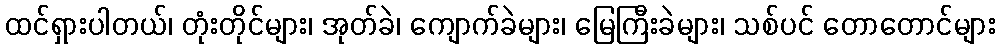
ထင်ရှားပါတယ်၊ တုံးတိုင်များ၊ အုတ်ခဲ၊ ကျောက်ခဲများ၊ မြေကြီးခဲများ၊ သစ်ပင် တောတောင်များ